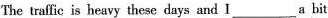
The traffic is heavy these days and I___a bit